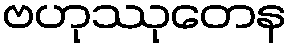
ဗဟုဿုတေန